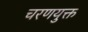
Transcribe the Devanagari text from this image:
चरणयुक्त